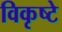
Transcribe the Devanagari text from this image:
विकृष्टे